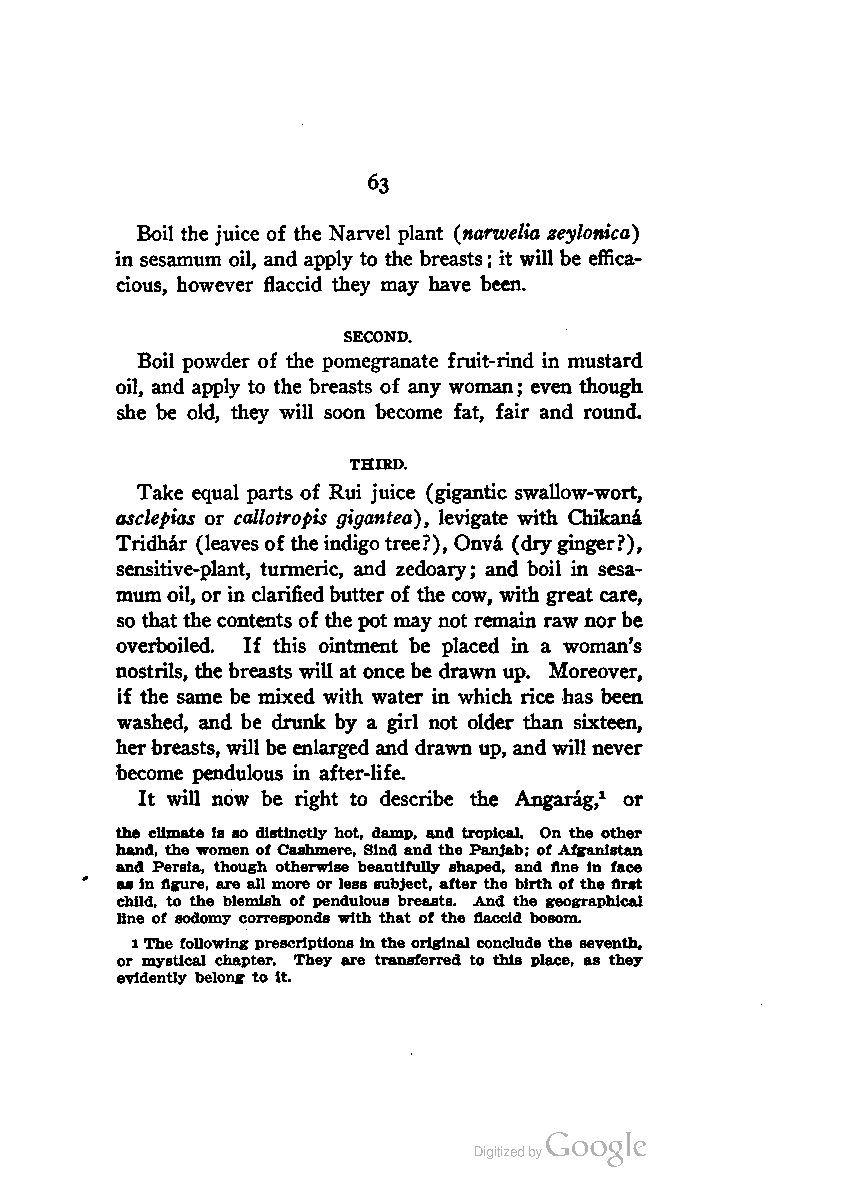
63
 Boil the juice of the Narvel plant {narwelia zeylonica)
 in sesamum oil, and apply to the breasts; it will be effica
 cious, however flaccid they may have been.
 SECOND.
 Boil powder of the pomegranate fruit-rind in mustard
 oil, and apply to the breasts of any woman; even though
 she be old, they will soon become fat, fair and round.
 THIRD.
 Take equal parts of Rui juice (gigantic swallow-wort,
 asclepias or callotropis gigantea), levigate with Chikana
 Tridhar (leaves of theindigo tree?), Onva (dryginger?),
 sensitive-plant, turmeric, and zedoary; and boil in sesa
 mumoil, or in clarifiedbutter of the cow, with great care,
 so that the contents of the pot may not remain raw norbe
 overboiled. If this ointment be placed in a woman's
 nostrils, the breasts will at once be drawn up. Moreover,
 if the same be mixed with water in which rice has been
 washed, and be drunk by a girl not older than sixteen,
 herbreasts, will be enlarged and drawn up, andwill never
 become pendulous in after-life.
 It will now be right to describe the Angarag,1 or
 the climate is so distinctly hot, damp, and tropical. On the other
 hand, the women of Cashmere, Slnd and the Panjab; of Afganistan
 and Persia, though otherwise beautifully shaped, and fine in face
 as in figure, are all more or less subject, after the birth of the first
 child, to the blemish of pendulous breasts. And the geographical
 line of sodomy corresponds with that of the flaccid bosom.
 1The following prescriptions in the original conclude the seventh,
 or mystical chapter. They are transferred to this place, as they
 evidently belong to it.